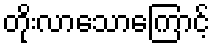
တိုးလာသောကြောင့်